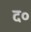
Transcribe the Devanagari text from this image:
द०